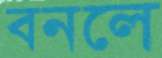
বনলে